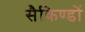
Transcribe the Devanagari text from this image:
सैकिण्डों